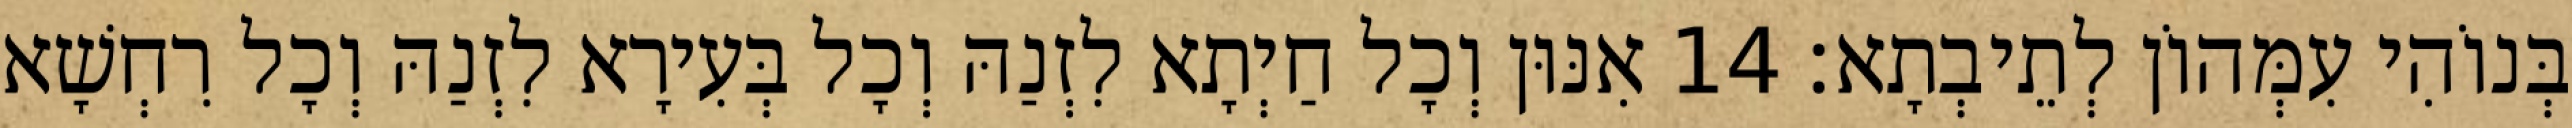
בְּנוֹהִי עִמְּהוֹן לְתֵיבְתָא׃ 14 אִנּוּן וְכָל חַיְתָא לִזְנַהּ וְכָל בְּעִירָא לִזְנַהּ וְכָל רִחְשָׁא